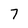
Character: 7